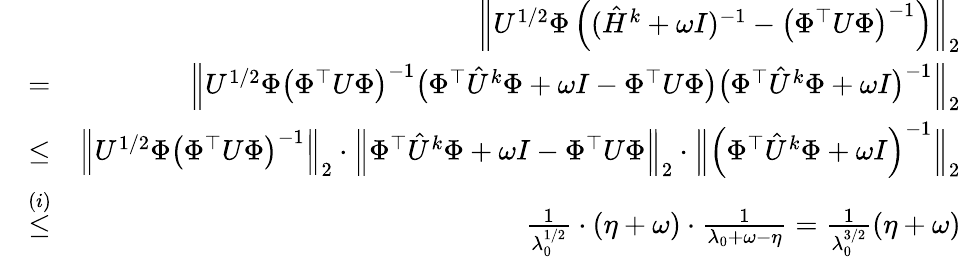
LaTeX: \begin{array}{rlr}&{\ }&{\left\| U^{1/2}\Phi\left((\hat{H}^{k}+\omega I)^{-1}-\left(\Phi^{\top}U\Phi\right)^{-1}\right)\right\| _{2}}\\ &{=}&{\Big\| U^{1/2}\Phi\big(\Phi^{\top}U\Phi\big)^{-1}\big(\Phi^{\top}\hat{U}^{k}\Phi+\omega I-\Phi^{\top}U\Phi\big)\big(\Phi^{\top}\hat{U}^{k}\Phi+\omega I\big)^{-1}\Big\| _{2}}\\ &{\leq}&{\left\| U^{1/2}\Phi\left(\Phi^{\top}U\Phi\right)^{-1}\right\| _{2}\cdot\left\| \Phi^{\top}\hat{U}^{k}\Phi+\omega I-\Phi^{\top}U\Phi\right\| _{2}\cdot\Big\| \left(\Phi^{\top}\hat{U}^{k}\Phi+\omega I\right)^{-1}\Big\| _{2}}\\ &{\overset{(i)}{\leq}}&{\frac{1}{\lambda_{0}^{1/2}}\cdot(\eta+\omega)\cdot\frac{1}{\lambda_{0}+\omega-\eta}=\frac{1}{\lambda_{0}^{3/2}}(\eta+\omega)}\end{array}